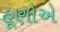
હૂણોએ